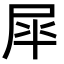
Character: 𭕝